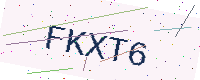
Text: FKXT6